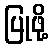
ပြုဖို့